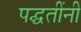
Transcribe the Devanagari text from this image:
पद्घतींनी